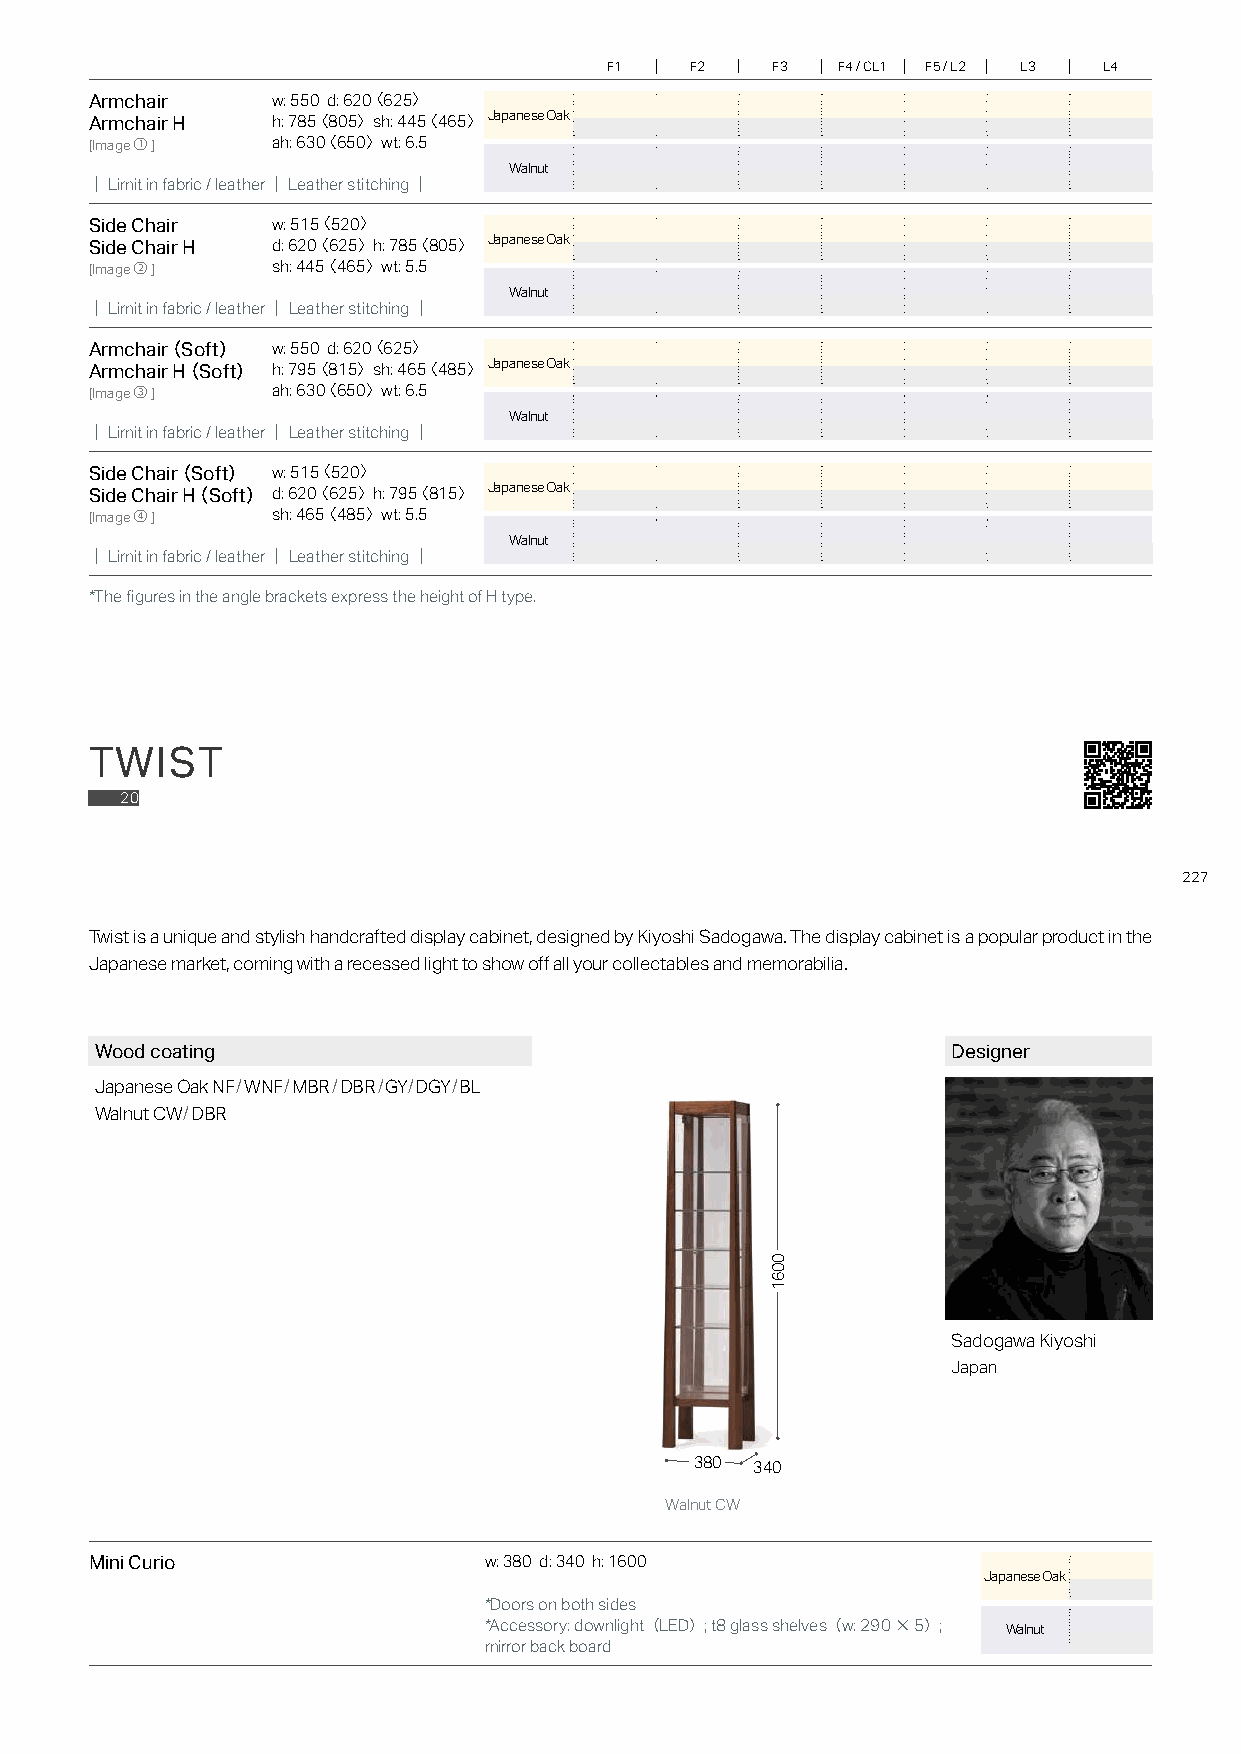
F1    F2   F3  F4 / CL1 F5 / L2 L3 L4
 Armchair    w: 550 d: 620〈 625〉
 Armchair H  h: 785〈 805〉sh: 445〈 465〉 Japanese Oak
 [Image①]    ah: 630〈 650〉 wt: 6.5
 Walnut
 ｜Limit in fabric / leather｜Leather stitching｜
 Side Chair  w: 515〈 520〉
 Side Chair H d: 620〈 625〉 h: 785〈 805〉 Japanese Oak
 [Image②]    sh: 445〈 465〉 wt: 5.5
 Walnut
 ｜Limit in fabric / leather｜Leather stitching｜
 Armchair（ Soft） w: 550 d: 620〈 625〉
 Armchair H（ Soft） h: 795〈 815〉sh: 465〈 485〉 Japanese Oak
 [Image③]    ah: 630〈 650〉 wt: 6.5
 Walnut
 ｜Limit in fabric / leather｜Leather stitching｜
 Side Chair（ Soft） w: 515〈 520〉
 Side Chair H（ Soft） d: 620〈 625〉 h: 795〈 815〉 Japanese Oak
 [Image④ ]   sh: 465〈 485〉 wt: 5.5
 Walnut
 ｜Limit in fabric / leather｜Leather stitching｜
 *The figures in the angle brackets express the height of H type.
 TWIST
 20
 227
 Twist is a unique and stylish handcrafted display cabinet, designed by Kiyoshi Sadogawa. The display cabinet is a popular product in the
 Japanese market, coming with a recessed light to show off all your collectables and memorabilia.
 Wood coating                                             Designer
 Japanese Oak NF/WNF/MBR/DBR/GY/DGY/BL
 Walnut CW/DBR
 Sadogawa Kiyoshi
 Japan
 380 340
 Walnut CW
 Mini Curio                w: 380 d: 340 h: 1600
 Japanese Oak
 *Doors on both sides
 *Accessory: downlight（LED）; t8 glass shelves（w: 290×5）; Walnut
 mirror back board
 0061